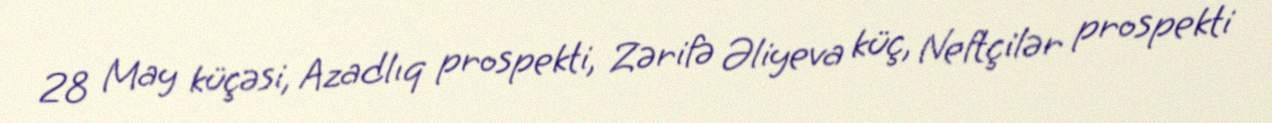
28 May küçəsi, Azadlıq prospekti, Zərifə Əliyeva küç, Neftçilər prospekti